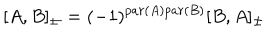
LaTeX: [ A , B ] _ { \pm } = ( - 1 ) ^ { p a r ( A ) p a r ( B ) } [ B , A ] _ { \pm }